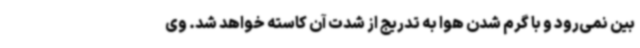
بین نمی‌رود و با گرم شدن هوا به تدریج از شدت آن کاسته خواهد شد. وی